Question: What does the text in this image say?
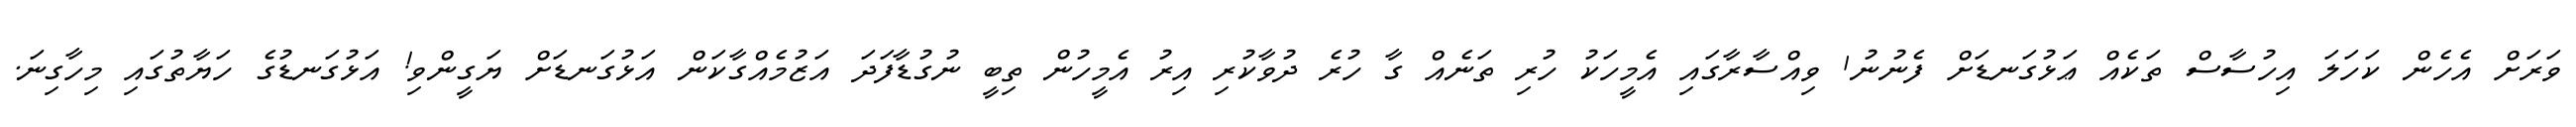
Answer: ވަރަށް އެހެން ކަހަލަ އިހުސާސް ތަކެއް ޢަޅުގަނޑަށް ފެނުނު1 ވިއްސާރާގައި އެމީހަކު ހުރި ތަނެއް ގާ ހުރެ ދުވާކުރި އިރު އެމީހުން ތިބީ ނުގުޑާފަދަ އަޒުމެއްގާކަން އަޅުގަނޑަށް ޔަގީންވި! އަޅުގަނޑުގެ ހަޔާތުގައި މިހާގިނަ.